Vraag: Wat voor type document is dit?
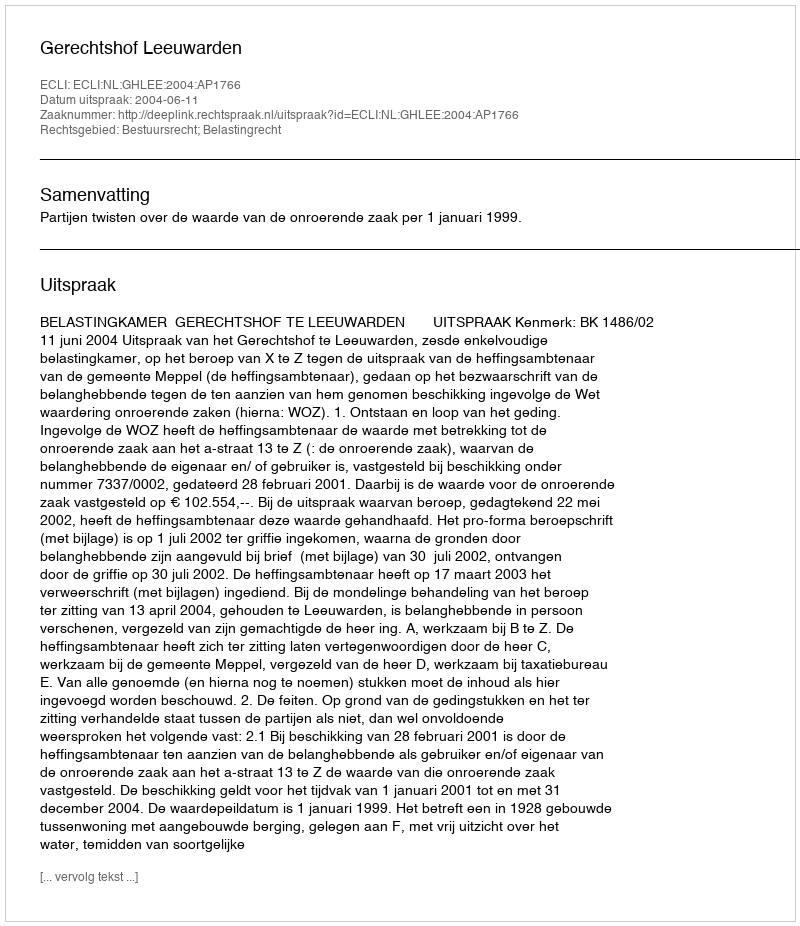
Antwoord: Uitspraak